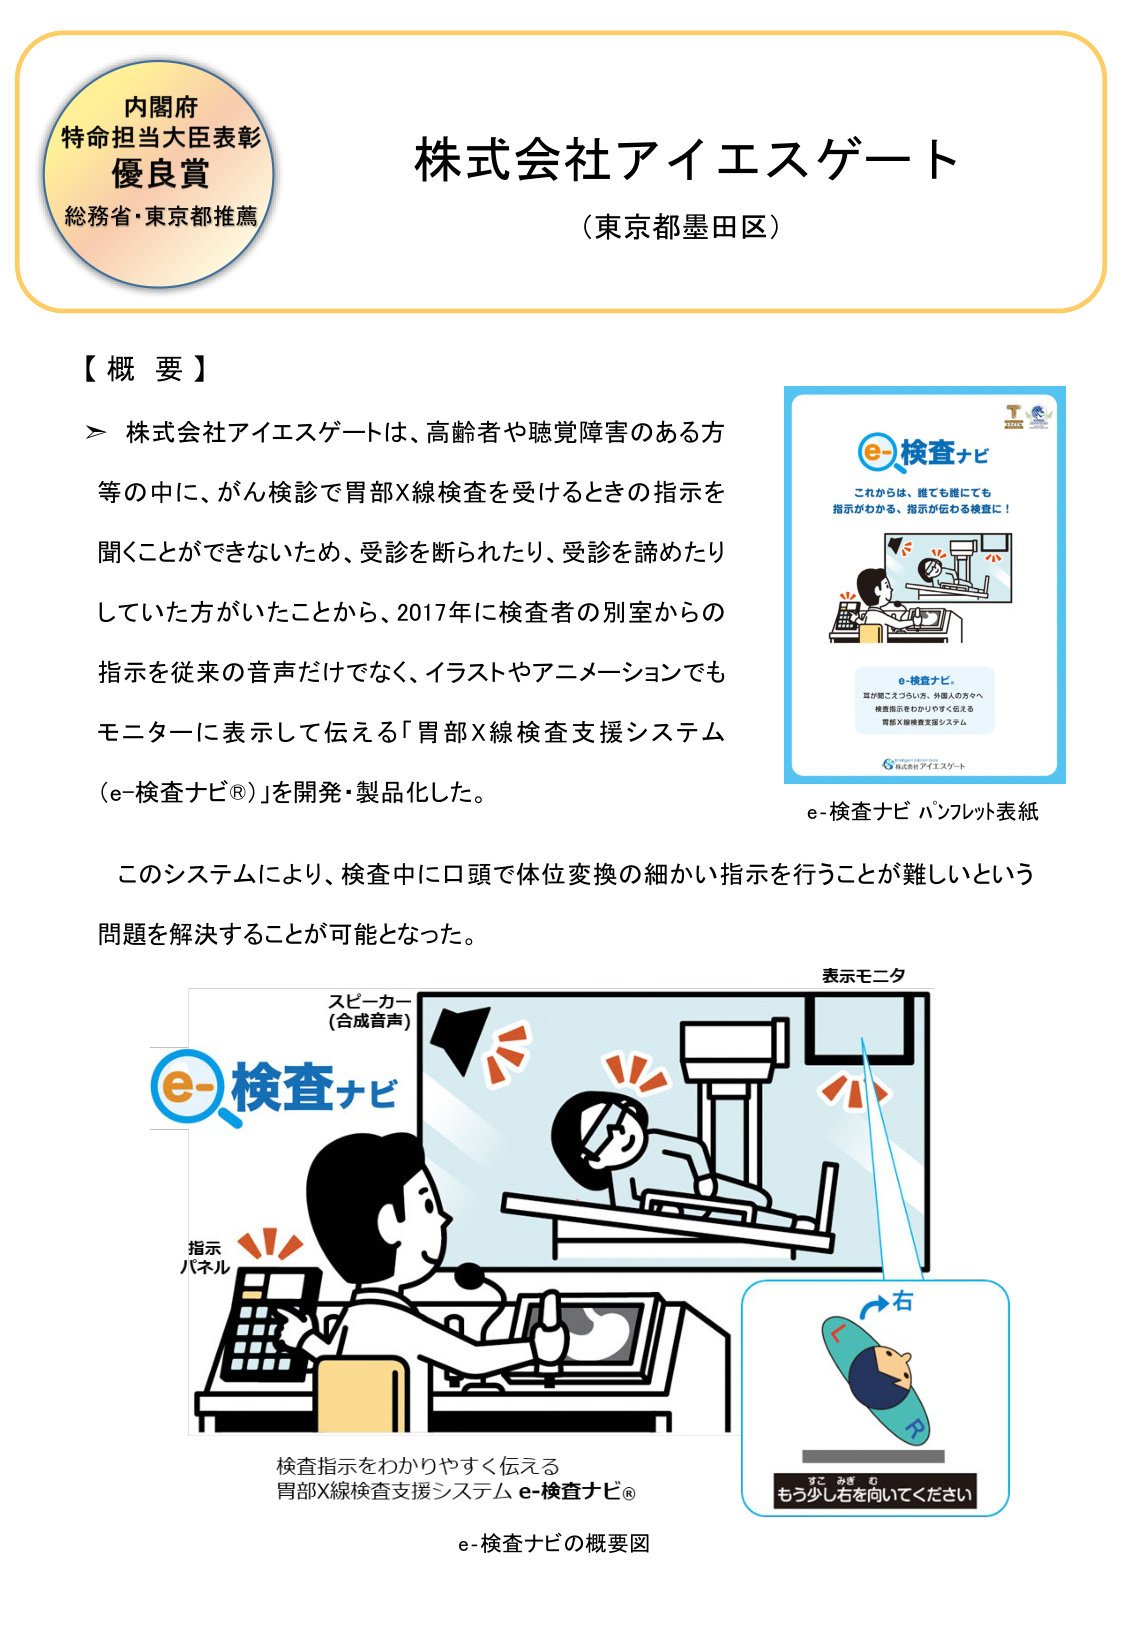
内閣府
特命担当大臣表彰
優良賞
総務省・東京都推薦

株式会社アイエスゲート
（東京都墨田区）

【概要】
＞ 株式会社アイエスゲートは、高齢者や聴覚障害のある方等の中に、がん検診で胃部X線検査を受けるときの指示を聞くことができないため、受診を断られたり、受診を諦めたりしていた方がいたことから、2017年に検査者の別室からの指示を従来の音声だけでなく、イラストやアニメーションでもモニターに表示して伝える「胃部X線検査支援システム（e-検査ナビ®）」を開発・製品化した。

このシステムにより、検査中に口頭で体位変換の細かい指示を行うことが難しいという問題を解決することが可能となった。

e-検査ナビ
これからは、誰でも誰にでも
指示がわかる、指示が伝わる検査に！

e-検査ナビ。
耳が聞こえづらい方、外国人の方々へ
検査指示をわかりやすく伝える
胃部X線検査支援システム

株式会社アイエスゲート

e-検査ナビ パンフレット表紙

表示モニタ
スピーカー
（合成音声）
e-検査ナビ
指示
パネル

検査指示をわかりやすく伝える
胃部X線検査支援システム e-検査ナビ®

右
L
R
もう少し右を向いてください

e-検査ナビの概要図